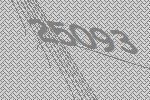
25093